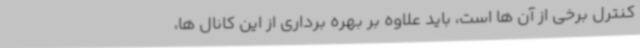
کنترل برخی از آن ها است، باید علاوه بر بهره برداری از این کانال ها،